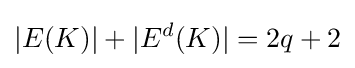
|E(K)|+|E^{d}(K)|=2q+2